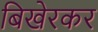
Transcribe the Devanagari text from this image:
बिखेरकर